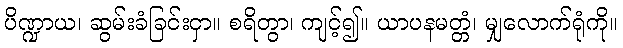
ပိဏ္ဍာယ၊ ဆွမ်းခံခြင်းငှာ။ စရိတွာ၊ ကျင့်၍။ ယာပနမတ္တံ၊ မျှလောက်ရုံကို။